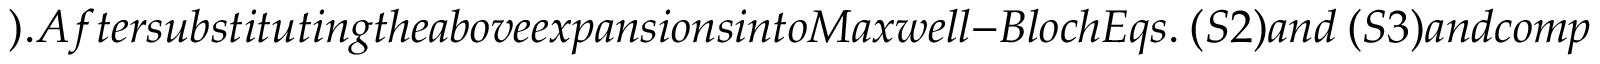
) . A f t e r s u b s t i t u t i n g t h e a b o v e e x p a n s i o n s i n t o M a x w e l l - B l o c h E q s . ~ ( S 2 ) a n d ~ ( S 3 ) a n d c o m p a r i n g t h e c o e f f i c i e n t s o f